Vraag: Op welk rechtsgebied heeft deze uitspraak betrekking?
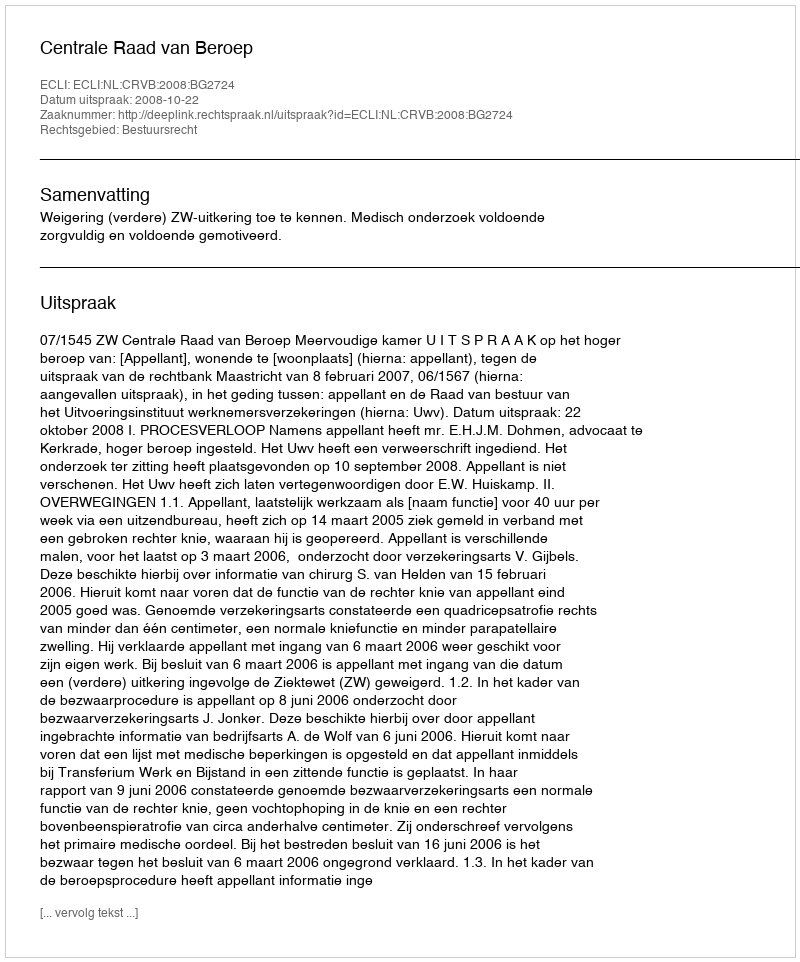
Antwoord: Bestuursrecht